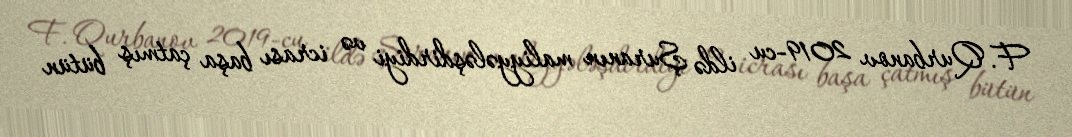
F. Qurbanov 2019-cu ildə Şuranın maliyyələşdirdiyi və icrası başa çatmış bütün